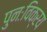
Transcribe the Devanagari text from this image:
पुनःविक्रय